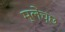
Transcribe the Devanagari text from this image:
म्लेंच्छ